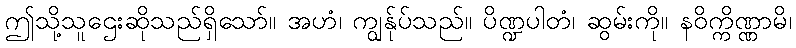
ဤသို့သူဌေးဆိုသည်ရှိသော်။ အဟံ၊ ကျွန်ုပ်သည်။ ပိဏ္ဍပါတံ၊ ဆွမ်းကို။ နဝိက္ကိဏ္ဏာမိ၊